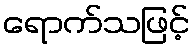
ရောက်သဖြင့်